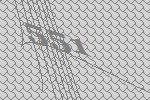
551